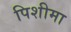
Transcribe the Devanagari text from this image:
पिशीमा